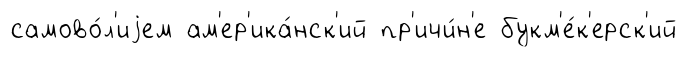
самово́л'иjем ам'ер'ика́нск'ий пр'ичи́н'е букм'е́к'ерск'ий